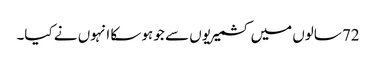
72 سالوں میں کشمیریوں سے جو ہو سکا انہوں نے کیا۔